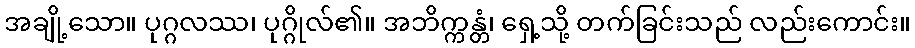
အချို့သော။ ပုဂ္ဂလဿ၊ ပုဂ္ဂိုလ်၏။ အဘိက္ကန္တံ၊ ရှေ့သို့ တက်ခြင်းသည် လည်းကောင်း။